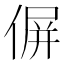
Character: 偋